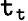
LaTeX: \mathtt{t}_{\mathtt{t}}